Indian journal of veterinary science and animal husbandry - Volumes 22-23, 1952-1953
Year: 1952
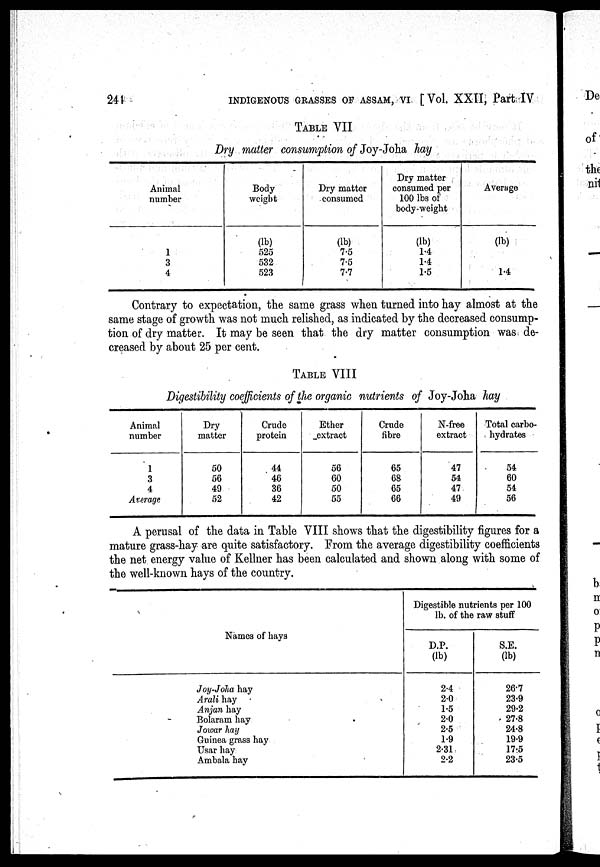
244
INDIGENOUS GRASSES OF ASSAM, VI [Vol. XXII, Part IV
TABLE VII
Dry matter consumption of Joy-Joha hay
Animal
number
1
3
4
Body
weight
(lb)
525
532
523
Dry matter
consumed
(lb)
7.5
7.5
7.7
Dry matter
consumed per
100 lbs of
body-weight
(lb)
1.4
1.4
1.5
Average
(lb)
1.4
Contrary to expectation, the same grass when turned into hay almost at the
same stage of growth was not much relished, as indicated by the decreased consump-
tion of dry matter. It may be seen that the dry matter consumption was, de-
creased by about 25 per cent.
TABLE VIII
Digestibility coefficients of the organic nutrients of Joy-Joha hay
Animal
number
1
3
4
Average
Dry
matter
50
56
49
52
Crude
protein
44
46
36
42
Ether
extract
56
60
50
55
Crude
fibre
65
68
65
66
N-free
extract
47
54
47
49
Total carbo-
hydrates
54
60
54
56
A perusal of the data in Table VIII shows that the digestibility figures for a
mature grass-hay are quite satisfactory. From the average digestibility coefficients
the net energy value of Kellner has been calculated and shown along with some of
the well-known hays of the country.
Names of hays
Joy-Joha hay
Arali hay
Anjan hay
Bolaram hay
Jowar hay
Guinea grass hay
Usar hay
Ambala hay
Digestible nutrients per 100
lb. of the raw stuff
D.P.
(lb)
2.4
2.0
1.5
2.0
2.5
1.9
2.31
2.2
S.E.
(lb)
26.7
23.9
29.2
27.8
24.8
19.9
17.5
23.5